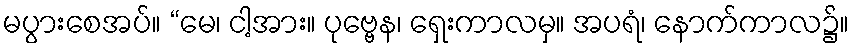
မပွားစေအပ်။ “မေ၊ ငါ့အား။ ပုဗ္ဗေန၊ ရှေးကာလမှ။ အပရံ၊ နောက်ကာလ၌။